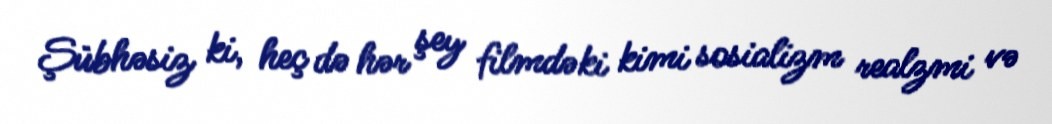
Şübhəsiz ki, heç də hər şey filmdəki kimi sosializm realzmi və